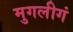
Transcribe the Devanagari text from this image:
मुगलीगं